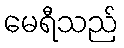
မေရီသည်